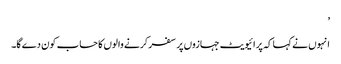
’
انہوں نے کہا کہ پرائیویٹ جہازوں پر سفر کرنے والوں کا حساب کون دے گا۔